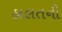
હાલતની